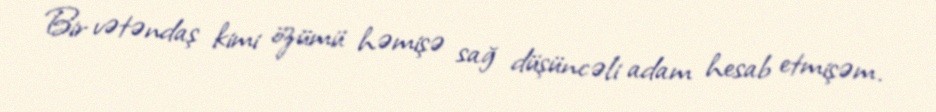
Bir vətəndaş kimi özümü həmişə sağ düşüncəli adam hesab etmişəm.